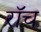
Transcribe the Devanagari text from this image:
रॉच